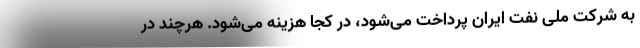
به شرکت ملی نفت ایران پرداخت می‌شود، در کجا هزینه می‌شود. هرچند در